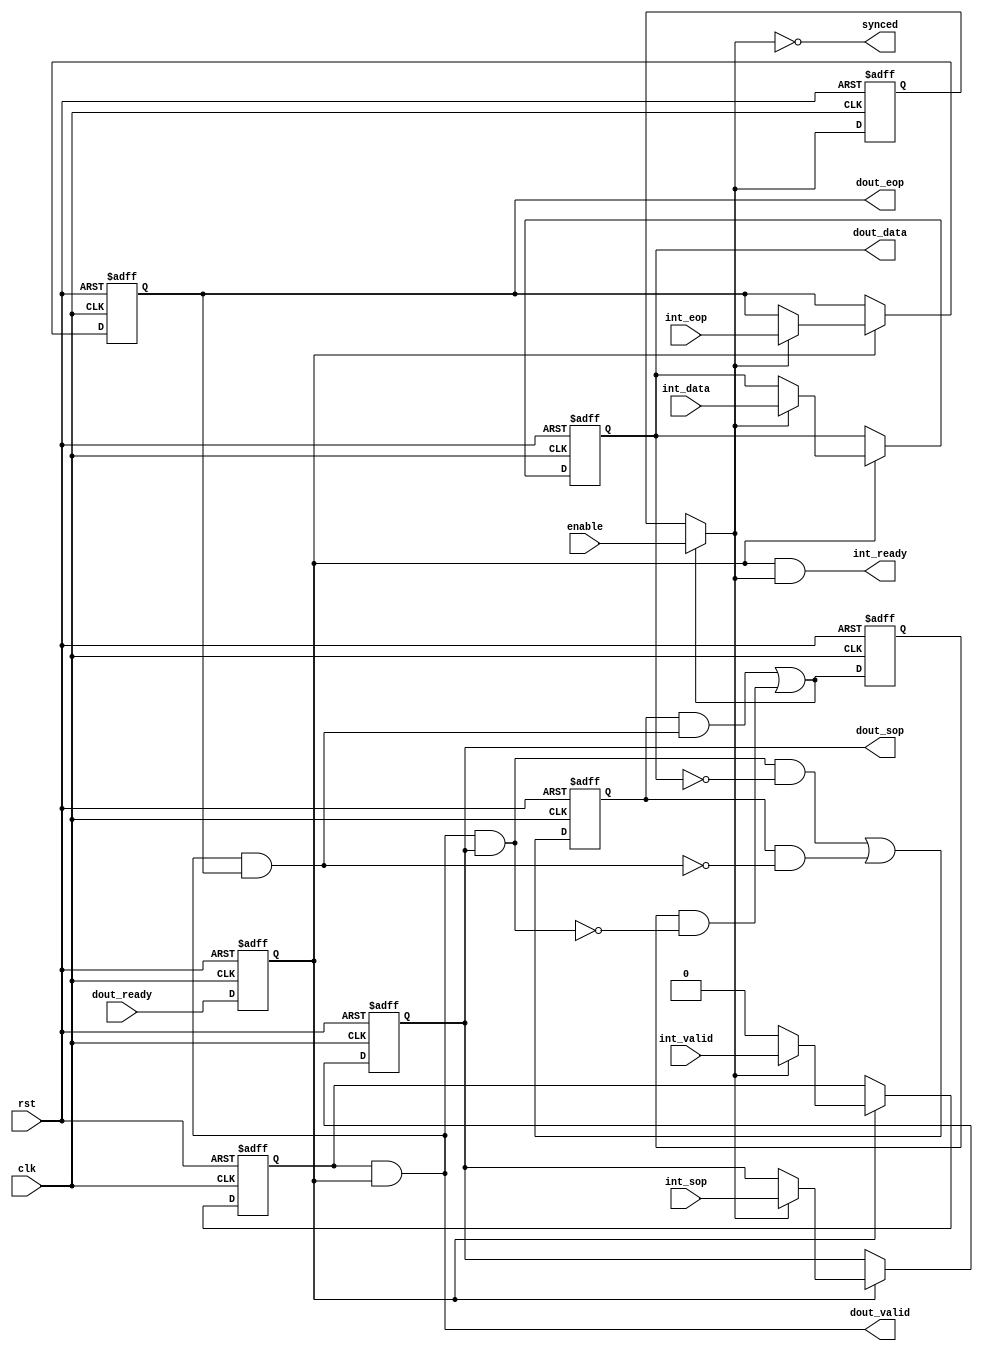
module alt_vipvfr131_common_stream_output
    #(parameter
        DATA_WIDTH = 10)
    (
    input wire rst,
    input wire clk,
    input   wire                    dout_ready,
    output  wire                    dout_valid,
    output  reg  [DATA_WIDTH-1:0]   dout_data,
    output  reg                     dout_sop,
    output  reg                     dout_eop,
    output  wire                    int_ready,
    input   wire                    int_valid,
    input   wire [DATA_WIDTH-1:0]   int_data,
    input   wire                    int_sop,
    input   wire                    int_eop,
    input   wire                    enable,
    output  wire                    synced);
reg     image_packet;
reg     synced_int;
reg     enable_synced_reg;
wire    image_packet_nxt;
wire    synced_int_nxt;
wire    enable_synced;
wire    eop;
wire 	sop;
always @ (posedge clk or posedge rst) begin
    if(rst) begin
        image_packet <= 1'b0;
        synced_int <= 1'b1;
        enable_synced_reg <= 1'b0;
    end else begin
        image_packet <= image_packet_nxt;
        synced_int <= synced_int_nxt;
        enable_synced_reg <= enable_synced;
    end
end
assign sop = dout_valid & dout_sop;
assign eop = dout_valid & dout_eop;
assign image_packet_nxt = (sop && dout_data == 0) || (image_packet && ~eop);
assign synced_int_nxt = (image_packet & eop) | (synced_int & ~sop);
assign enable_synced = (synced_int_nxt) ? enable : enable_synced_reg;
assign synced = ~enable_synced;
reg int_valid_reg;
reg int_ready_reg;
always @ (posedge clk or posedge rst) begin
    if(rst) begin
        int_valid_reg <= 1'b0;
        dout_data <= {DATA_WIDTH{1'b0}};
        dout_sop <= 1'b0;
        dout_eop <= 1'b0;
        int_ready_reg <= 1'b0;
    end else begin
        if(int_ready_reg) begin
            if(enable_synced) begin
                int_valid_reg <= int_valid;
                dout_data <= int_data;
                dout_sop <= int_sop;
                dout_eop <= int_eop;
            end else begin
                int_valid_reg <= 1'b0;
            end 
        end
        int_ready_reg <= dout_ready;
    end
end
assign dout_valid = int_valid_reg & int_ready_reg;
assign int_ready = int_ready_reg & enable_synced;
endmodule